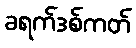
ခရက်ဒစ်ကတ်